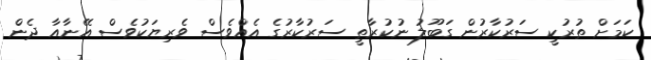
ކަމަށް ތުރުކީ ސަރުކާރުން ގަބޫލު ނުކުރާތީ ސަރުކާރުގެ އެއްވެސް ވެރިޔަކުވެސް އޭނާއާ ދެން